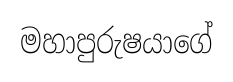
මහාපුරුෂයාගේ